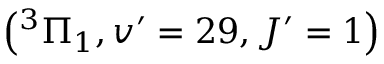
\left( ^ { 3 } \Pi _ { 1 } , v ^ { \prime } = 2 9 , J ^ { \prime } = 1 \right)